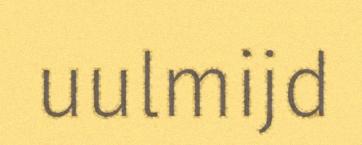
uulmijd